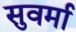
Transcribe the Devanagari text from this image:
सुवर्मा